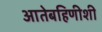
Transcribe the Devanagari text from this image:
आतेबहिणीशी